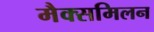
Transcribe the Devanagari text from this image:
मैक्समिलन